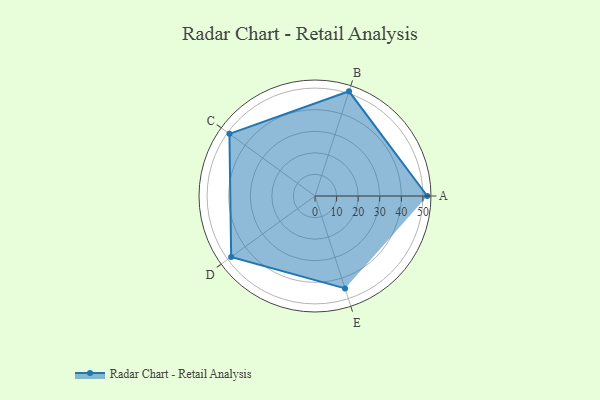
{"axis": {"x": "Skill", "y": "Score"}, "legend": ["Profile"], "data": [{"x": "A", "y": 52.0, "type": "Profile"}, {"x": "B", "y": 51.0, "type": "Profile"}, {"x": "C", "y": 49.0, "type": "Profile"}, {"x": "D", "y": 48.0, "type": "Profile"}, {"x": "E", "y": 45.0, "type": "Profile"}]}